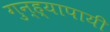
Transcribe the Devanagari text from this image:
गुन्ह्यापायी